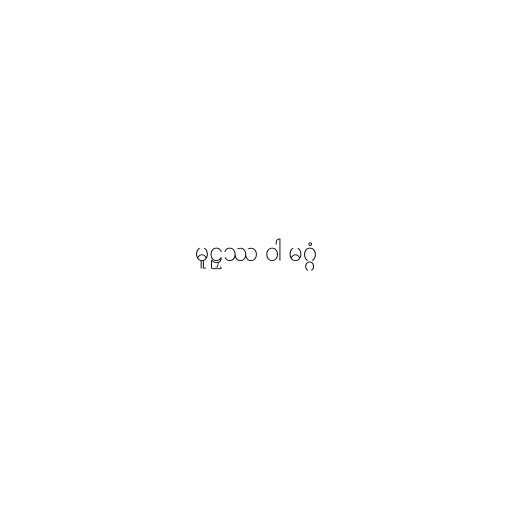
မူဠှဿ ဝါ မဂ္ဂံ